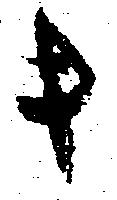
キ